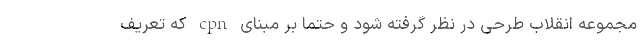
مجموعه انقلاب طرحی در نظر گرفته شود و حتما بر مبنای cpn که تعریف